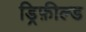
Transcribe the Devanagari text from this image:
ड्रिफ़ील्ड